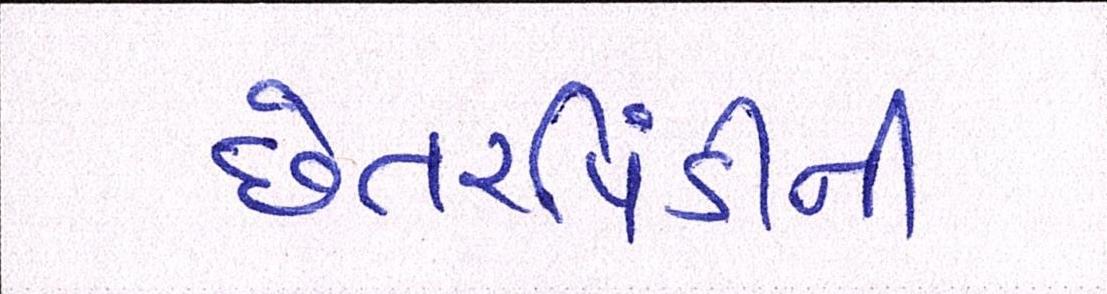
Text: છેતરપિંડીની